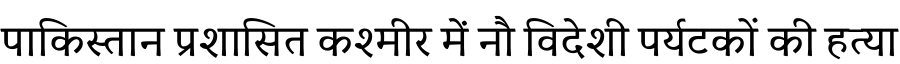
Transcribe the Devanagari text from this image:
पाकिस्तान प्रशासित कश्मीर में नौ विदेशी पर्यटकों की हत्या